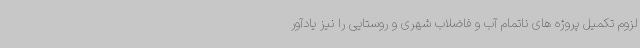
لزوم تکمیل پروژه های ناتمام آب و فاضلاب شهری و روستایی را نیز یادآور